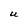
Character: U